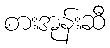
စားအုန်းဆီ